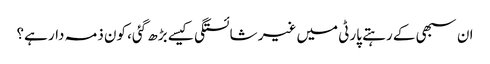
ان سبھی کے رہتے پارٹی میں غیر شائستگی کیسے بڑھ گئی، کون ذمہ دار ہے؟